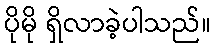
ပိုမို ရှိလာခဲ့ပါသည်။